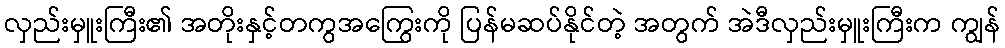
လှည်းမှူးကြီး၏ အတိုးနှင့်တကွအကြွေးကို ပြန်မဆပ်နိုင်တဲ့ အတွက် အဲဒီလှည်းမှူးကြီးက ကျွန်